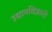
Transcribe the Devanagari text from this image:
उद्यानविज्ञानी